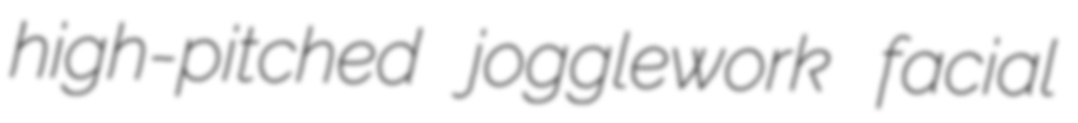
high-pitched jogglework facial